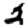
Digit: 2